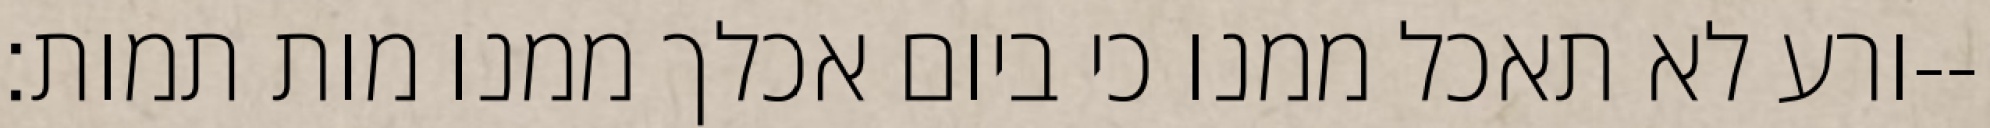
ורע לא תאכל ממנו כי ביום אכלך ממנו מות תמות׃--